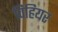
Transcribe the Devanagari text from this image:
विहियर